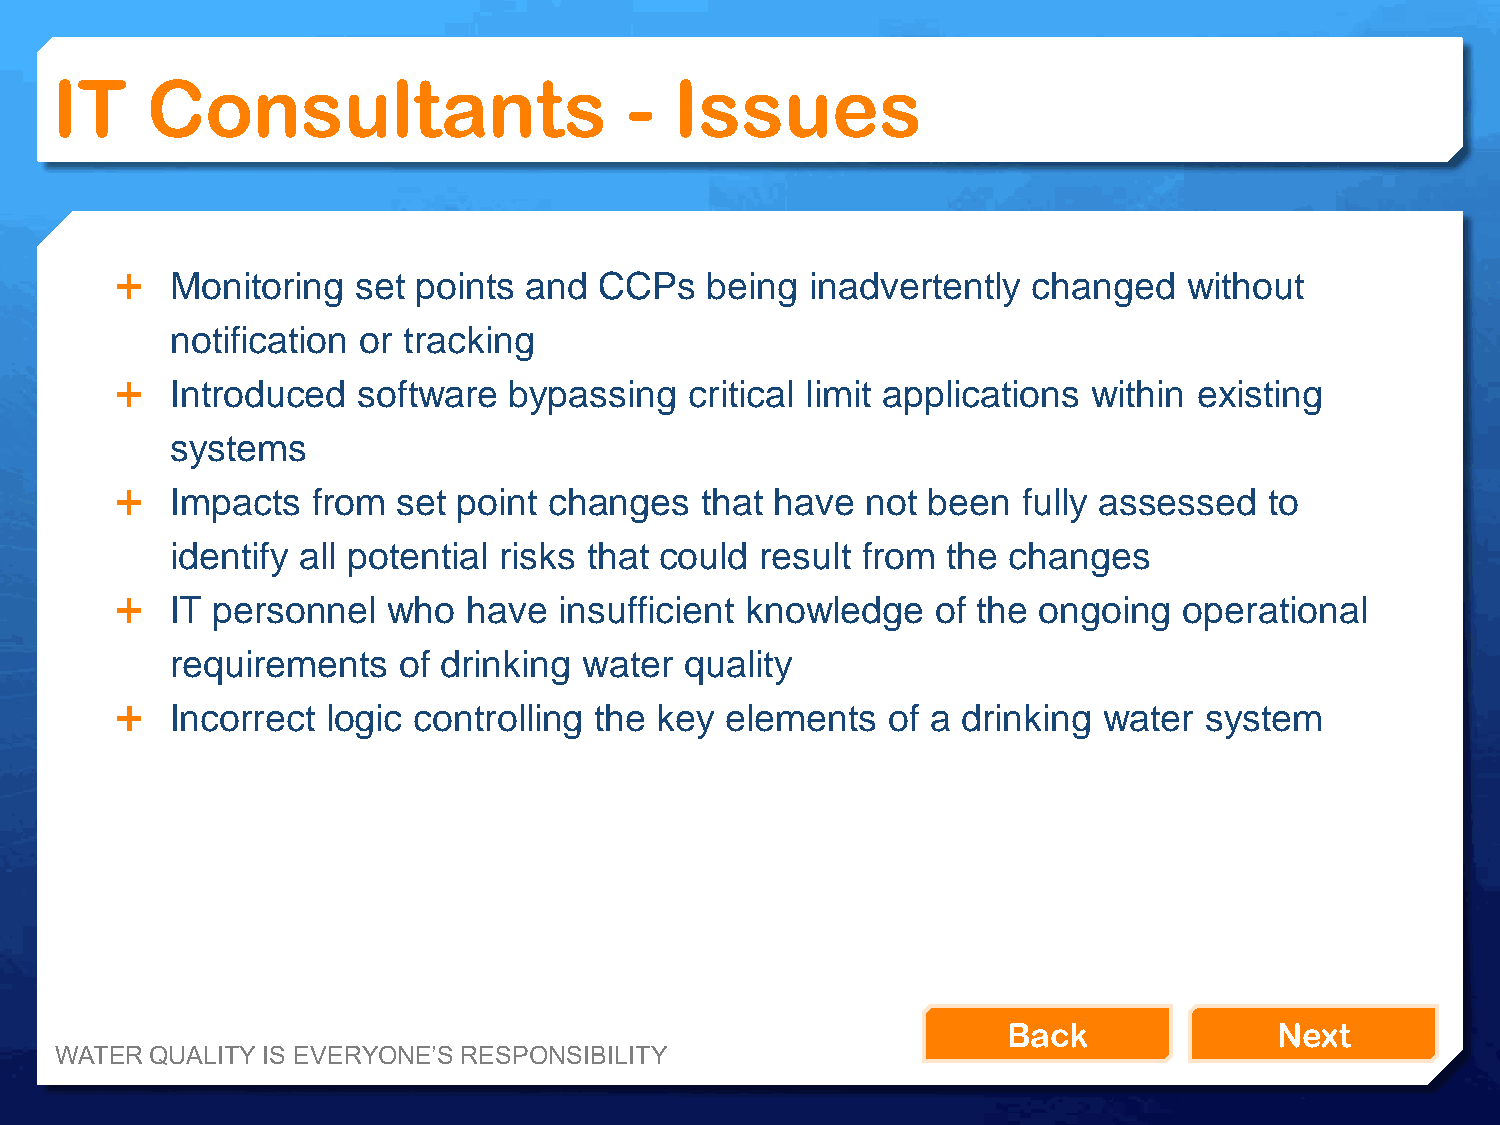
IT     Consultants                     -  Issues
   Monitoring   set points and  CCPs   being  inadvertently changed    without
 notification or tracking
   Introduced   software  bypassing   critical limit applications within existing
 systems
   Impacts   from set point changes   that have  not been   fully assessed  to
 identify all potential risks that could result from the changes
   IT personnel   who  have  insufficient knowledge   of the ongoing  operational
 requirements   of drinking  water quality
   Incorrect  logic controlling the key elements   of a drinking water  system
 Back              Next
 WATER QUALITY IS EVERYONE’S RESPONSIBILITY